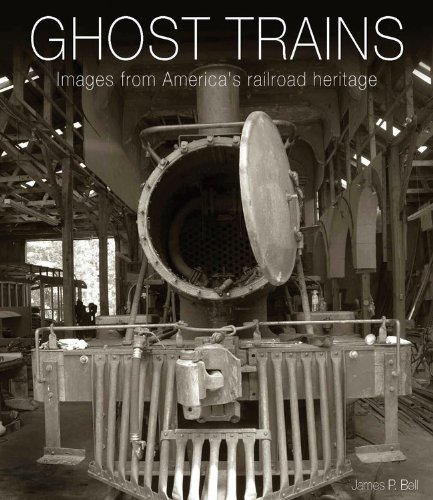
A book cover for Ghost Trains: Images from America's Railroad Heritage; James P Bell; Arts & Photography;